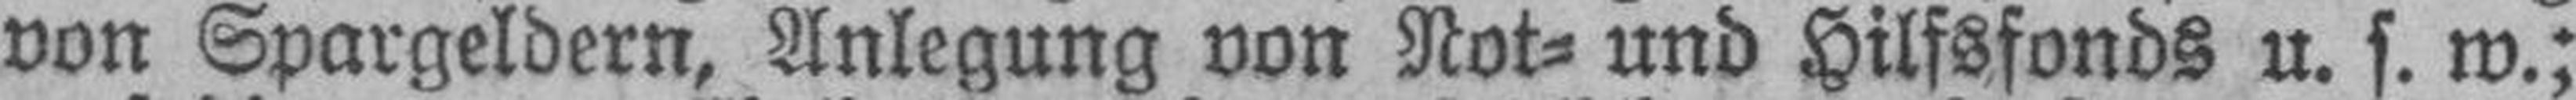
von Spargeldern, Anlegung von Not= und Hilfsfonds u. s. w.;